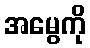
အမွေကို